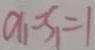
a _ { 1 } = S _ { 1 } = 1